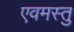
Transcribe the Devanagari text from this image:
एवमस्तु